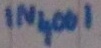
Text: IN4001